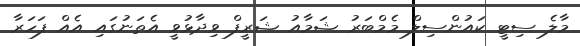
މާލެ ސިޓީ ކައުންސިލް މެމްބަރުު ޝަމާއު ޝަރީފް ވިދާޅުވީ އެތަނުގައި އެއް ފަހަރާ